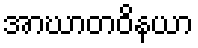
အာဃာတဝိနယာ